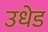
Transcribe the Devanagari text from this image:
उधेड